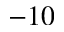
- 1 0